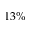
1 3 \%